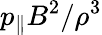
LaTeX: p_{\| }B^{2}/\rho^{3}